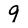
Character: 9